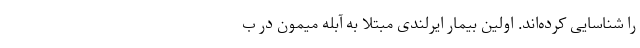
را شناسایی کرده‌اند. اولین بیمار ایرلندی مبتلا به آبله میمون در ب